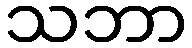
သဘာ